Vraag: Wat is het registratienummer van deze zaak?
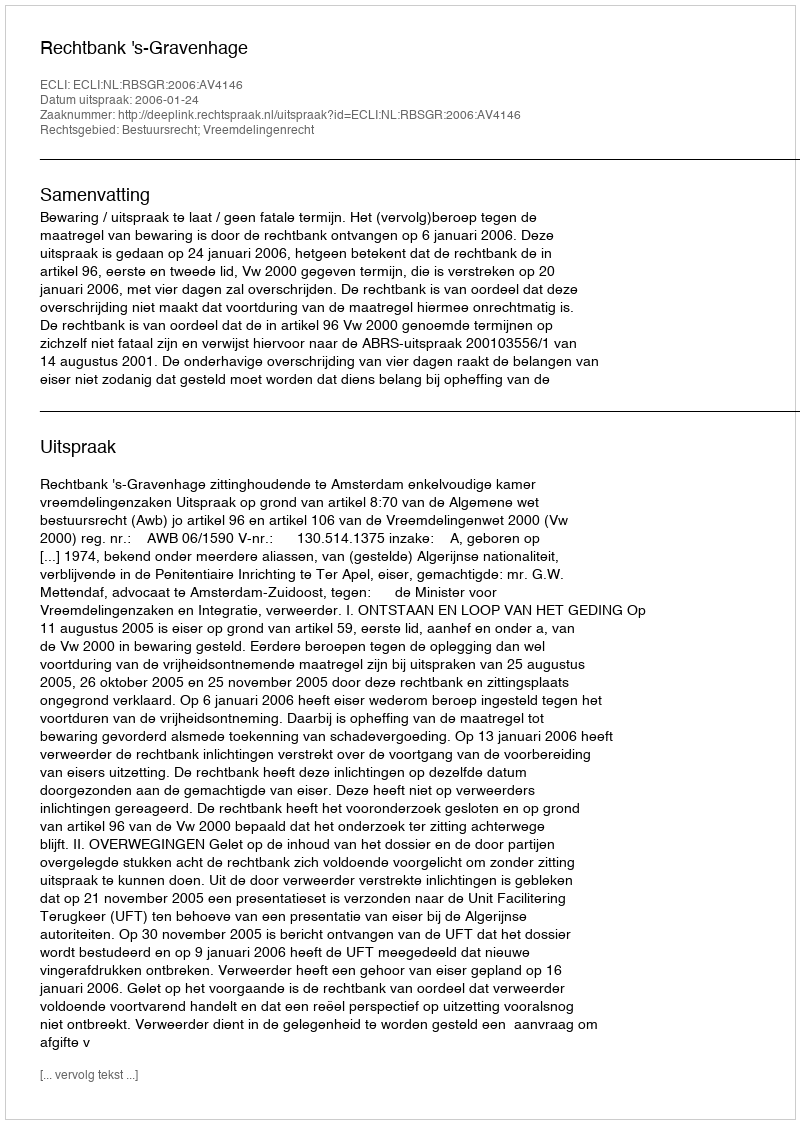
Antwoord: http://deeplink.rechtspraak.nl/uitspraak?id=ECLI:NL:RBSGR:2006:AV4146